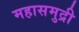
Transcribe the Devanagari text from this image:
महासमुद्री